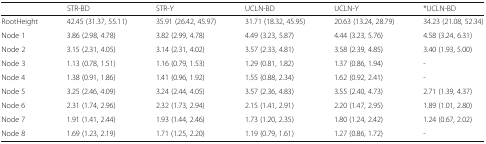
<table><thead><tr><td></td><td><b>STR-BD</b></td><td><b>STR-Y</b></td><td><b>UCLN-BD</b></td><td><b>UCLN-Y</b></td><td><b>*UCLN-BD</b></td></tr></thead><tbody><tr><td>RootHeight</td><td>42.45 (31.37, 55.11)</td><td>35.91 (26.42, 45.97)</td><td>31.71 (18.32, 45.95)</td><td>20.63 (13.24, 28.79)</td><td>34.23 (21.08, 52.34)</td></tr><tr><td>Node 1</td><td>3.86 (2.98, 4.78)</td><td>3.82 (2.99, 4.78)</td><td>4.49 (3.23, 5.87)</td><td>4.44 (3.23, 5.76)</td><td>4.58 (3.24, 6.31)</td></tr><tr><td>Node 2</td><td>3.15 (2.31, 4.05)</td><td>3.14 (2.31, 4.02)</td><td>3.57 (2.33, 4.81)</td><td>3.58 (2.39, 4.85)</td><td>3.40 (1.93, 5.00)</td></tr><tr><td>Node 3</td><td>1.13 (0.78, 1.51)</td><td>1.16 (0.79, 1.53)</td><td>1.29 (0.81, 1.82)</td><td>1.37 (0.86, 1.94)</td><td>-</td></tr><tr><td>Node 4</td><td>1.38 (0.91, 1.86)</td><td>1.41 (0.96, 1.92)</td><td>1.55 (0.88, 2.34)</td><td>1.62 (0.92, 2.41)</td><td>-</td></tr><tr><td>Node 5</td><td>3.25 (2.46, 4.09)</td><td>3.24 (2.44, 4.05)</td><td>3.57 (2.36, 4.83)</td><td>3.55 (2.40, 4.73)</td><td>2.71 (1.39, 4.37)</td></tr><tr><td>Node 6</td><td>2.31 (1.74, 2.96)</td><td>2.32 (1.73, 2.94)</td><td>2.15 (1.41, 2.91)</td><td>2.20 (1.47, 2.95)</td><td>1.89 (1.01, 2.80)</td></tr><tr><td>Node 7</td><td>1.91 (1.41, 2.44)</td><td>1.93 (1.44, 2.46)</td><td>1.73 (1.20, 2.35)</td><td>1.80 (1.24, 2.42)</td><td>1.24 (0.67, 2.02)</td></tr><tr><td>Node 8</td><td>1.69 (1.23, 2.19)</td><td>1.71 (1.25, 2.20)</td><td>1.19 (0.79, 1.61)</td><td>1.27 (0.86, 1.72)</td><td>-</td></tr></tbody></table>